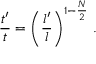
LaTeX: { \frac { t ^ { \prime } } { t } } = \left( { \frac { l ^ { \prime } } { l } } \right) ^ { 1 - { \frac { N } { 2 } } } \, .